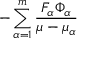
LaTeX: - \sum _ { \alpha = 1 } ^ { m } \frac { F _ { \alpha } \Phi _ { \alpha } } { \mu - \mu _ { \alpha } }